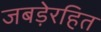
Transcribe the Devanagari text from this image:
जबड़ेरहित